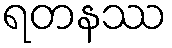
ရတနဿ